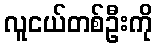
လူငယ်တစ်ဦးကို